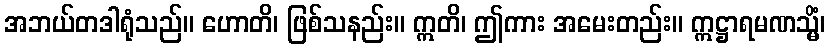
အဘယ်တဒါရုံသည်။ ဟောတိ၊ ဖြစ်သနည်း။ ဣတိ၊ ဤကား အမေးတည်း။ ဣဋ္ဌာရမဏသ္မိံ၊